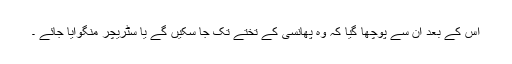
اس کے بعد ان سے پوچھا گیا کہ وہ پھانسی کے تختے تک جا سکیں گے یا سٹریچر منگوایا جائے ۔